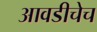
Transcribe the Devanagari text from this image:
आवडीचेच